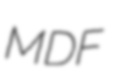
MDF